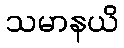
သမာနယိ